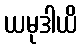
ယမုဒါယိ